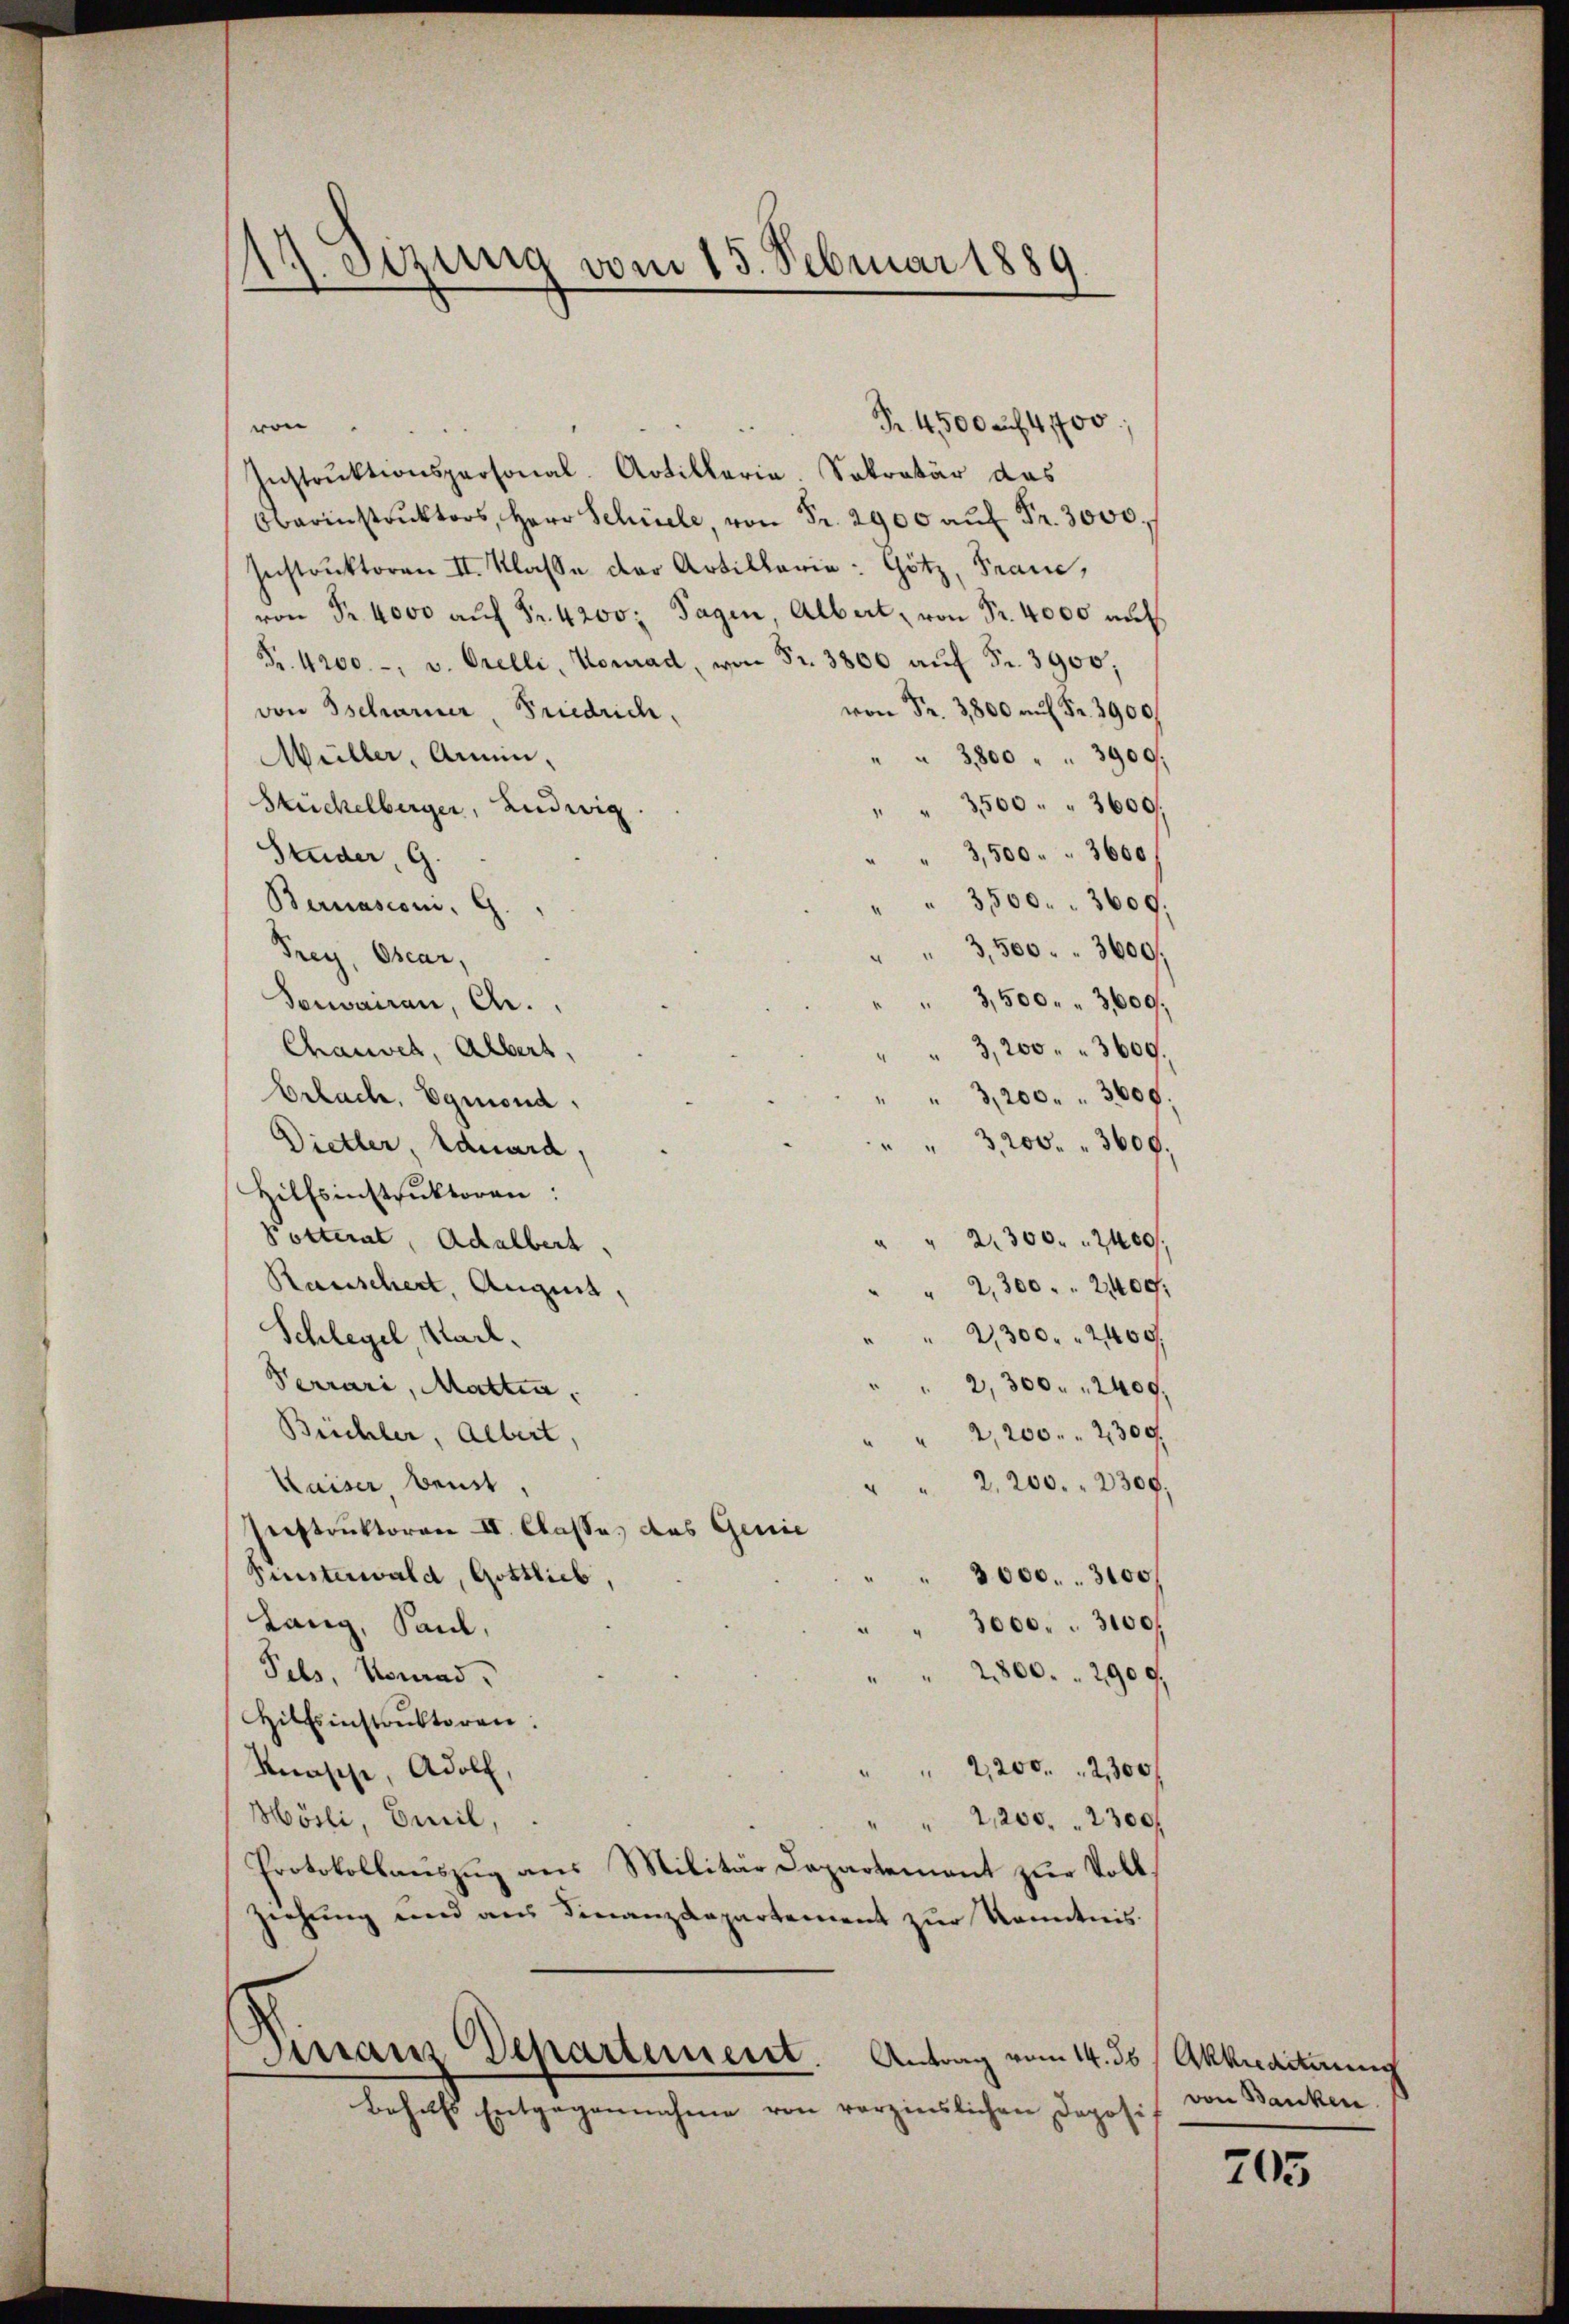
Sitzung vom 15. Februar 1889
d
—

Pr. 4500 auf 400
von
Instrŭktionspersonal-Artillaria. Sekretär das
Obarinstrŭktors, Herr Schule, von Fr. 2900 aŭf Fr. 3000.
Instruktoren II. Klasse der Artillerie: Götz, Franc,
von Fr. 4000 aŭf Fr. 4200. Tagen, Albert, von Fr. 4000 auf
Fr. 4200.-, v. Orelli, Konrad, von Fr. 3800 aŭf Fr. 3900;
von Fr. 3800 auf Fr. 3900.
von Tscharner Friedrich,
Müller, Armin,
" 3800 " " 3900.
Stückelberger, Ludwig
" " 3500 . " 3600
3,500. 3600f
Studer, G.
3500. 3600
Bernascom. G.
3,500. 3600.
Frey, Oscar,
" 3,500. " 3600.
domanen, d.
Chauses, Albert,
3,200. 3600
Bebach. Egmond.
" 3,200. 3600
Dietler, Eduard,
"3,200. 3600
Hilfsinstruktoren:
Potterat Adalbert,
2300. 2400
Rauschert, Augen,
2,300. 2400
Schlegel Stark.
2,300. 2400
Verrari, Mattin,
2,300. 2400
Büchler, Albert,
" " 2,200. 2300.
Kaiser beist.
" 2,200. 2300
Instruktoren II. Classe, das Genie
Fisterwald, Gottlieb,
3000. 3100
Lang, Paul,
3000. 3100
Pels, Konrad,
2800. 2900.
Hilfsinstrŭktoren.
2,200. 2300 f
Kasche, Adolf,
Mösli, Guil,
" 2,200. 2300f
Protokollauszug aus Militär Departement zur Vollziehŭng und aŭs Finanzdepartement zŭr Kenntnis.
Dintanz Departement. Antrag vom 14. ds
Behufs Entgegennahme von verzinslichen Doposi

Akkredituung
von Banken

705